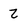
Character: z